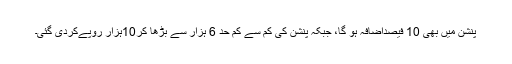
پنشن میں بھی 10 فیصداضافہ ہو گا، جبکہ پنشن کی کم سے کم حد 6 ہزار سے بڑھا کر10ہزار روپےکردی گئی۔